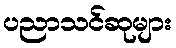
ပညာသင်ဆုများ